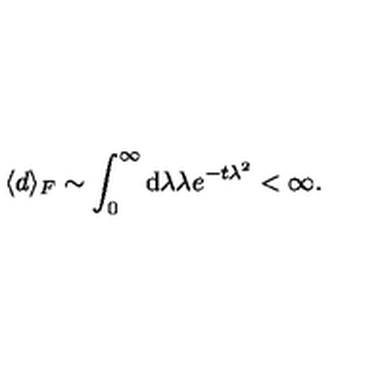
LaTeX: \langle d \rangle _ { F } \sim \int _ { 0 } ^ { \infty } \mathrm { d } \lambda \lambda e ^ { - t \lambda ^ { 2 } } < \infty .